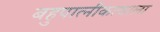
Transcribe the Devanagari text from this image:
बहुपात्नीकत्वाला